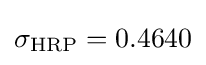
\sigma _{\mathrm {HRP} }=0.4640